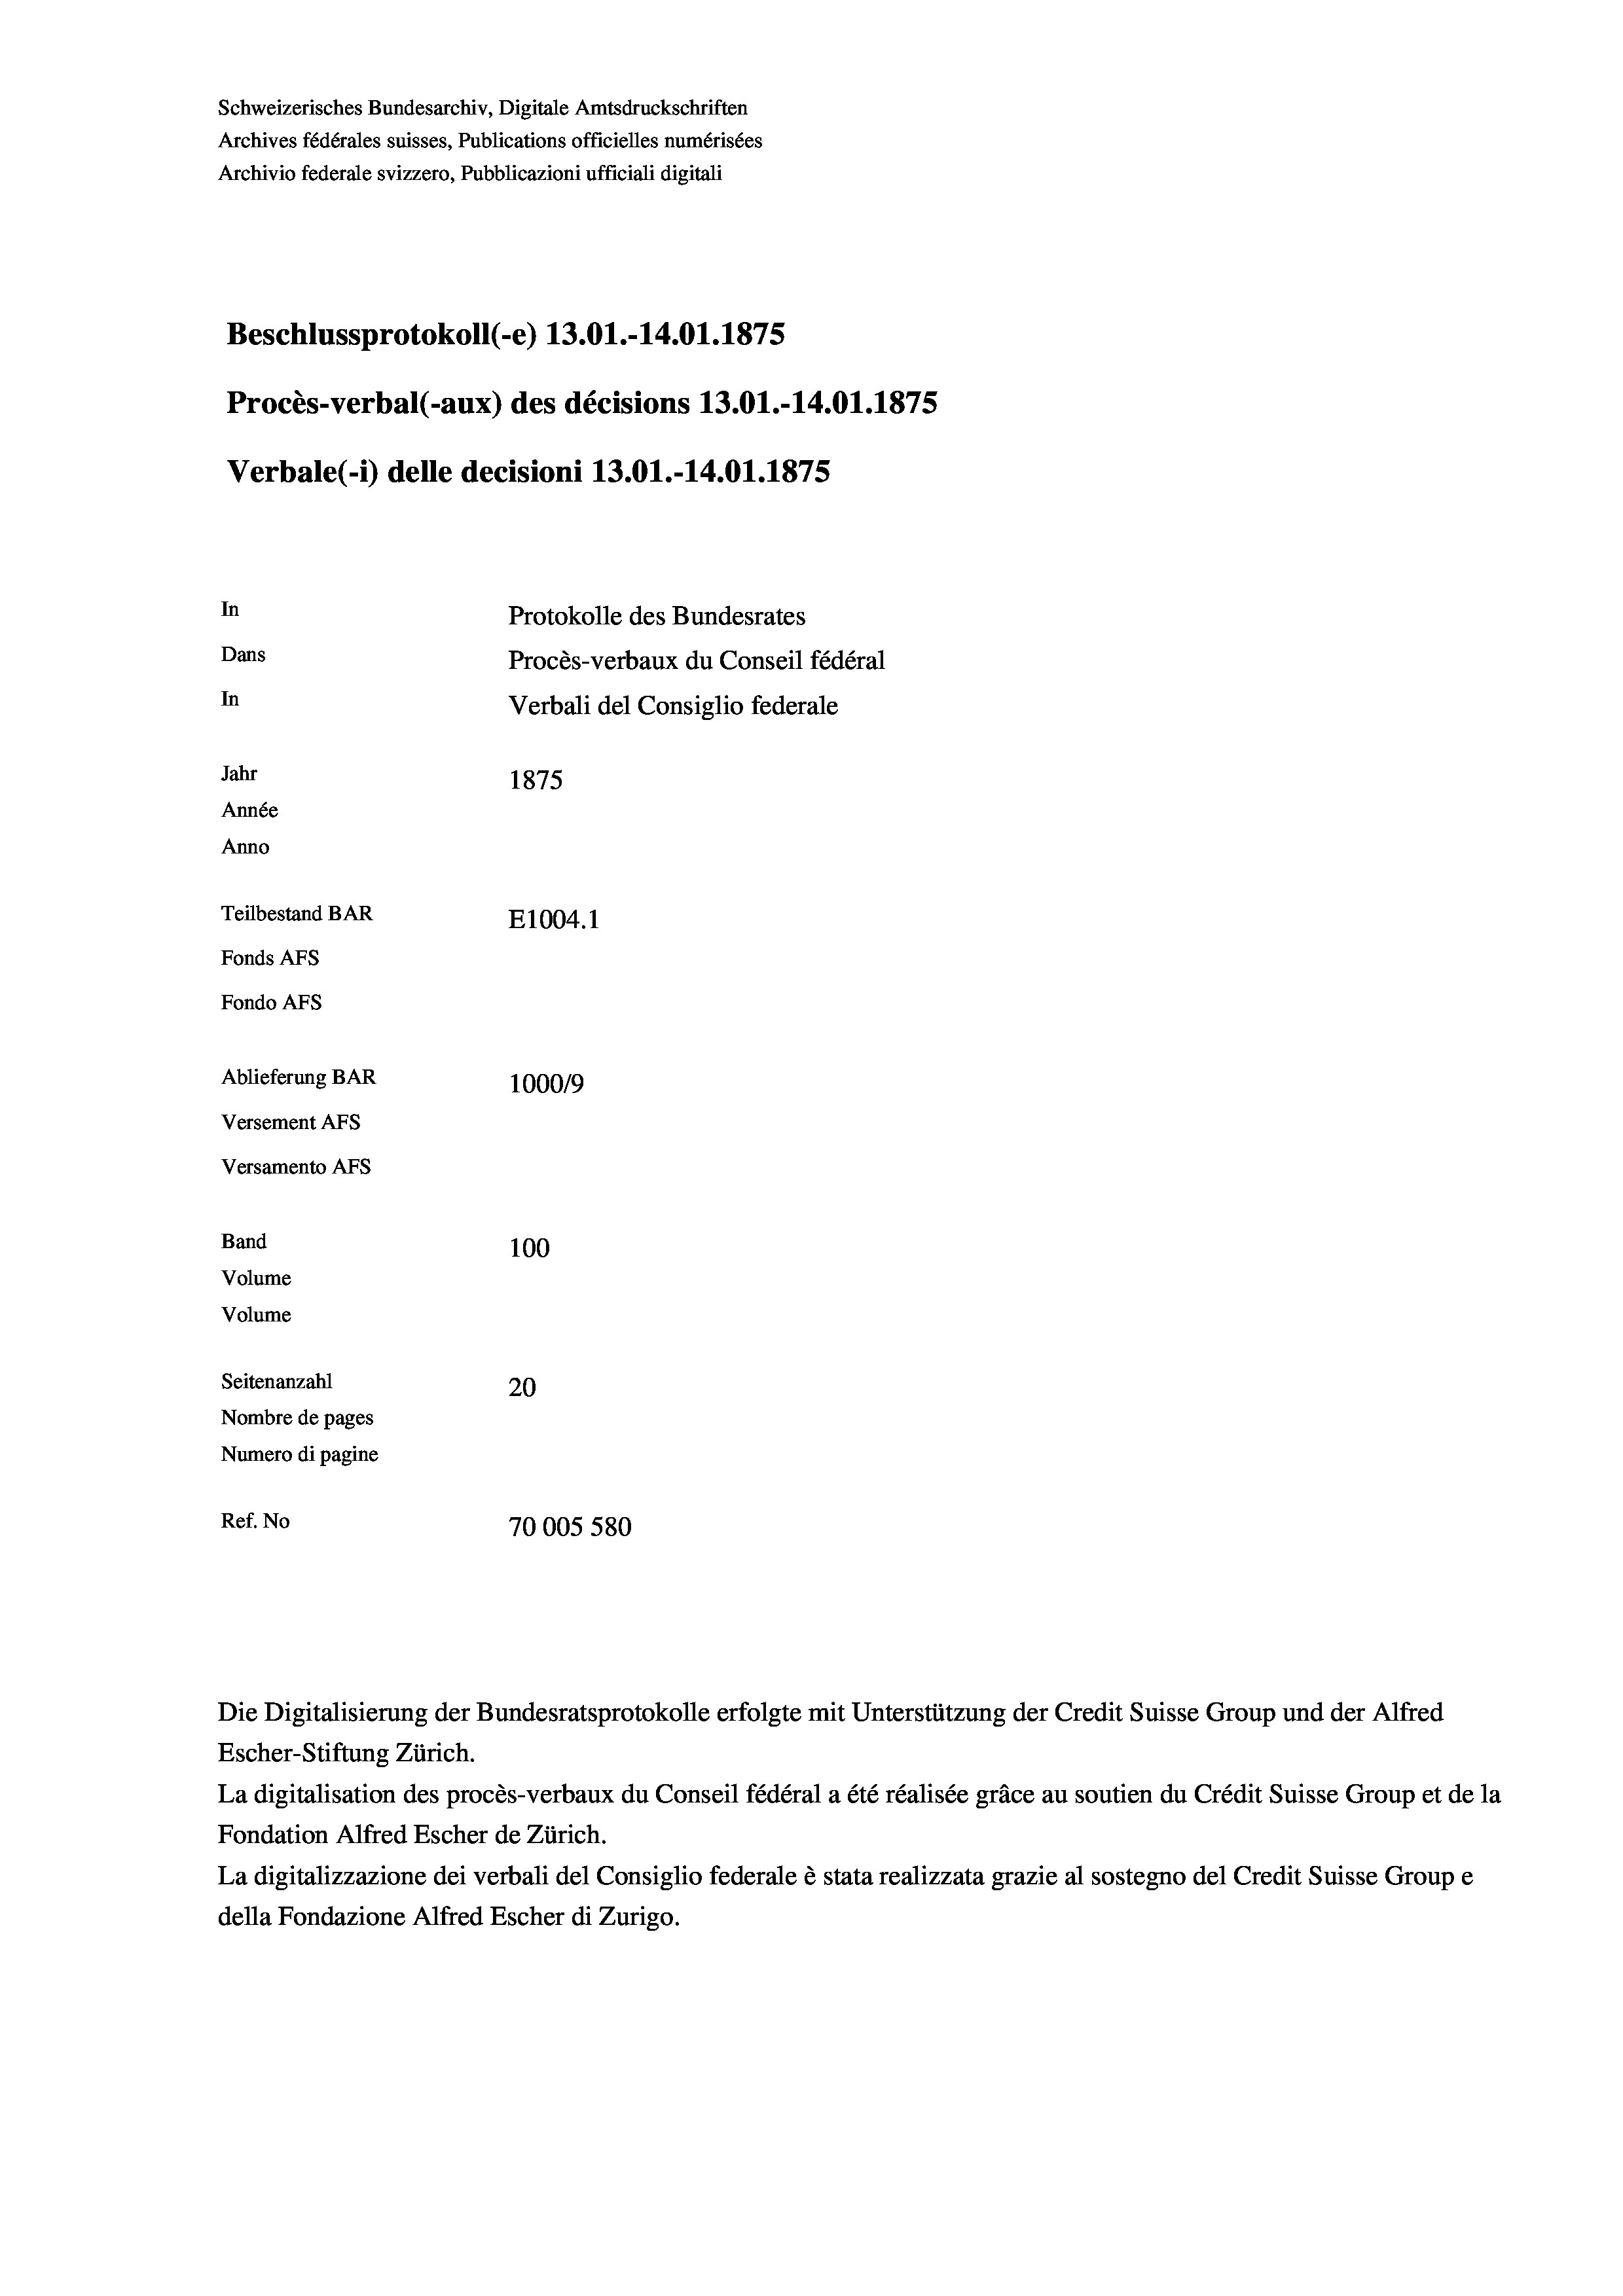
Schweizerisches Bundesarchiv, Digitale Amtsdruckschriften
Archives fédérales suisses, Publications officielles numérisées
Archivio federale svizzero, Pubblicazioni ufficiali digitali
Beschlussprotokoll (-e) 13.01.-14.01. 1875
Procès-verbal (-aux) des décisions 13.01.-14.01.1875
Verbale (1) delle decisioni 13.01.-14.01.1875
In
Protokolle des Bundesrates
Dans
Procès-verbaux du Conseil fédéral
In
Verbali del Consiglio federale
Jahr
1875
Année
Anno
Teilbestand BAR
E1004. 1
Fonds AFs
Fondo Afs
Ablieferung BAR
100019
Versement AFs
Versamento Afs
Band
100
Volume
Volume
Seitenanzahl
20
Nombre de pages
Numero di pagine
Ref. No
70005 580

Die Digitalisierung der Bundesratsprotokolle erfolgte mit Unterstützung der Credit Suisse Group und der Alfred
Escher-Stiftung Zürich.
La digitalisation des procès-verbaux du Conseil fédéral a été réalisée gräce au soutien du Crédit Suisse Group et de la
Fondation Alfred Escher de Zürich.
La digitalizzazione dei verbali del Consiglio federale è stata realizzata grazie al sostegno del Credit Suisse Groupe
della Fondazione Alfred Escher di Zurigo.